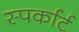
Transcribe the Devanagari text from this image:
स्पर्कार्ट